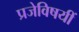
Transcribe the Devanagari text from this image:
प्रजेविषयीं